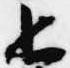
上